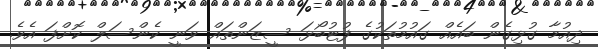
ދިއުމާ ގުޅިގެން ބައެއް ގައުމުތަކުގެ ފުޓުބޯޅަ ސީޒަންތައް ވަނީ ކެންސަލް ކޮށްފަ އެވެ.